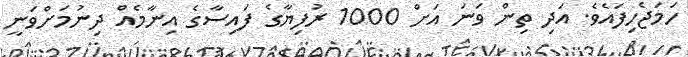
ހަމަޖެހިފައެވެ. އަދި ތިން ވަނަ އަށް 1000 ރުފިޔާގެ ފައިސާގެ އިނާމެއް ދިނުމަށްވަނީ